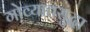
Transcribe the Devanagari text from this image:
गोव्यातसुद्धा